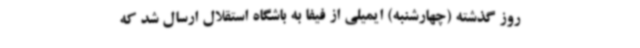
روز گذشته (چهارشنبه) ایمیلی از فیفا به باشگاه استقلال ارسال شد که